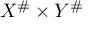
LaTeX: X ^ { \# } \times Y ^ { \# }